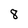
Character: 8